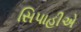
સિપાહીએ